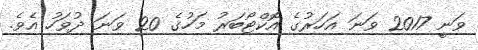
ވަނީ 2017 ވަނަ އަހަރުގެ އޮކްޓޯބަރު މަހުގެ 20 ވަނަ ދުވަހު އެވެ.